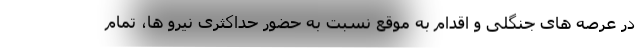
در عرصه های جنگلی و اقدام به موقع نسبت به حضور حداکثری نیرو ها، تمام